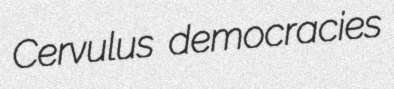
Cervulus democracies